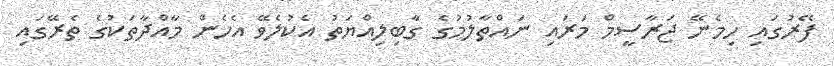
ފޭރުގައި ހިމެނޭ ޖަރާސީމް މަރައި ނައްތާލުމުގެ ގާބިލިއްޔަތު އެކުލެވޭ އެހެން މާއްދާތަކުގެ ތެރޭގައި